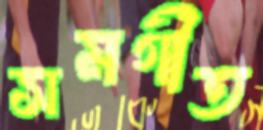
সমগীত